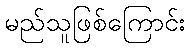
မည်သူဖြစ်ကြောင်း